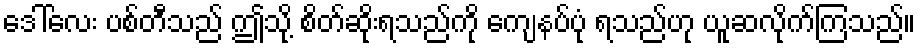
ဒေါ်လေး ပစ်တီသည် ဤသို့ စိတ်ဆိုးရသည်ကို ကျေနပ်ပုံ ရသည်ဟု ယူဆလိုက်ကြသည်။